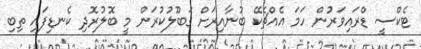
ޓެކްސީ ޑްރައިވަރުން ހަމަ އެއްޗެކޭ ބުނާއިރަށް ގަބޫލުކުރަން މީ ބޮލުރޮދި ކެނޑިފައި ތިބި